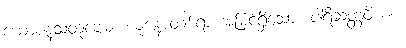
ယောဇနသတုဗ္ဗေမံ၊ ယူဇနာတစ်ရာ အမြင့်ရှိသော။ ပါရိဆတ္တဝိယစ၊